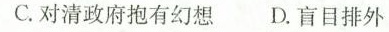
C.对清政府抱有幻想 D.盲目排外